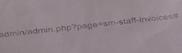
Signature authenticity: genuine